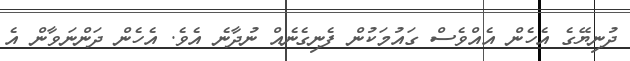
ދުނިޔޭގެ އެހެން އެއްވެސް ގައުމަކުން ފެނިގެނެއް ނުދާނެ އެވެ. އެހެން ދަންނަވާން އެ